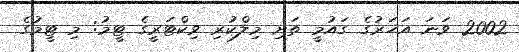
2002 ވަނަ އަހަރުގެ ގައުމީ ތަށި މިލްކުރި ވިކްޓަރީގެ ޓީމު: މި ޓީމުގެ